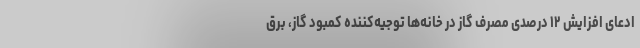
ادعای افزایش ۱۲ درصدی مصرف گاز در خانه‌ها توجیه‌کننده کمبود گاز، برق